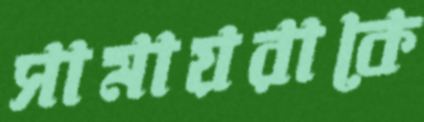
সামায়রাকে